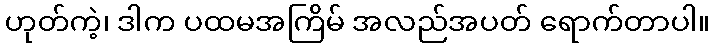
ဟုတ်ကဲ့၊ ဒါက ပထမအကြိမ် အလည်အပတ် ရောက်တာပါ။